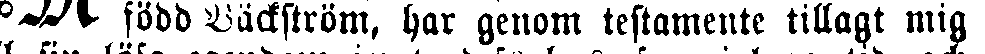
# född Bäckström, har genom testamente tillagt mig